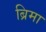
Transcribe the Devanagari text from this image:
ब्रिमा